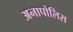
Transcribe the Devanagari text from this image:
अनापोलिस